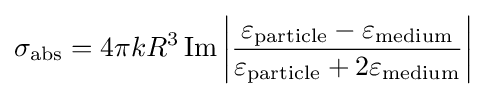
{{\sigma }_{\rm {abs}}}=4\pi k{{R}^{3}}\operatorname {Im} \left|{\frac {{{\varepsilon }_{\rm {particle}}}-{{\varepsilon }_{\rm {medium}}}}{{{\varepsilon }_{\rm {particle}}}+2{{\varepsilon }_{\rm {medium}}}}}\right|